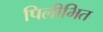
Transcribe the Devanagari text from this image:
पिलीभित